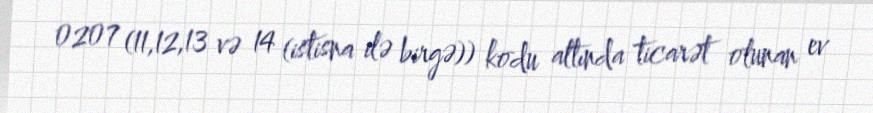
0207 (11,12,13 və 14 (istisna ilə birgə)) kodu altında ticarət olunan ev